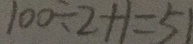
1 0 0 \div 2 + 1 = 5 1